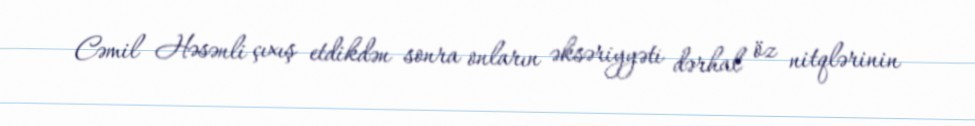
Cəmil Həsənli çıxış etdikdən sonra onların əksəriyyəti dərhal öz nitqlərinin